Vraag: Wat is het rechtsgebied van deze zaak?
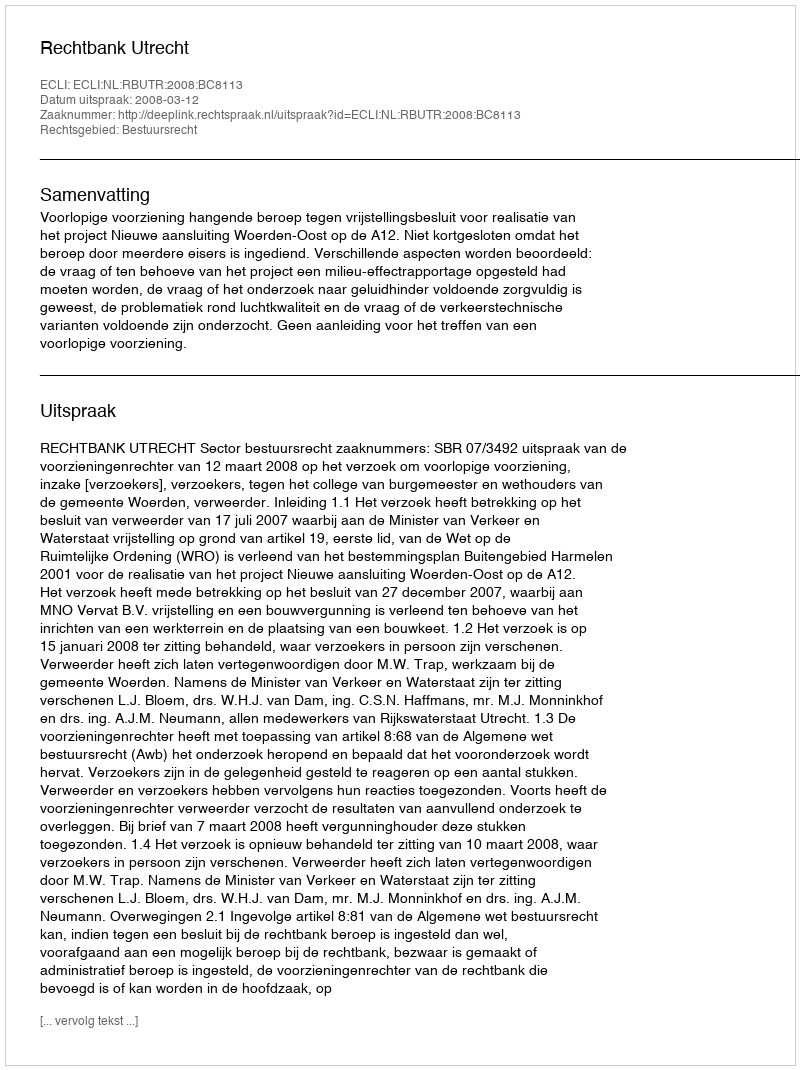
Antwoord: Bestuursrecht